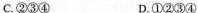
C. ②③④ D. ①②③④